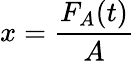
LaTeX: x=\frac{F_{A}(t)}{A}